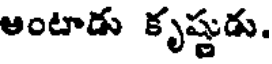
అంటాడు కృష్ణుడు.